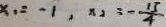
x _ { 1 } = - 1 , x _ { 2 } = - \frac { 1 5 } { 4 }